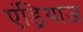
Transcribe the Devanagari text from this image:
एंड्रियाज़